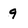
Character: 9